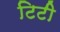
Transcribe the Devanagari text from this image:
टिटी